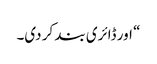
“ اور ڈائری بند کر دی۔